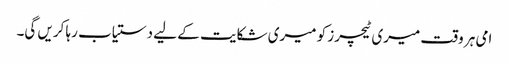
امی ہر وقت میری ٹیچرز کو میری شکایت کے لیے دستیاب رہا کریں گی۔